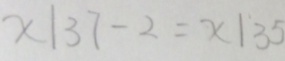
x \vert 3 7 - 2 = x \vert 3 5